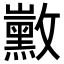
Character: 𪑛